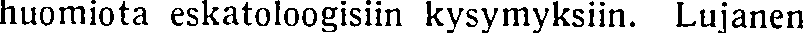
huomiota eskatoloogisiin kysymyksiin. Lujanen